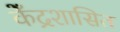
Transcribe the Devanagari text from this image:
केँद्रशासित